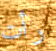
رأت